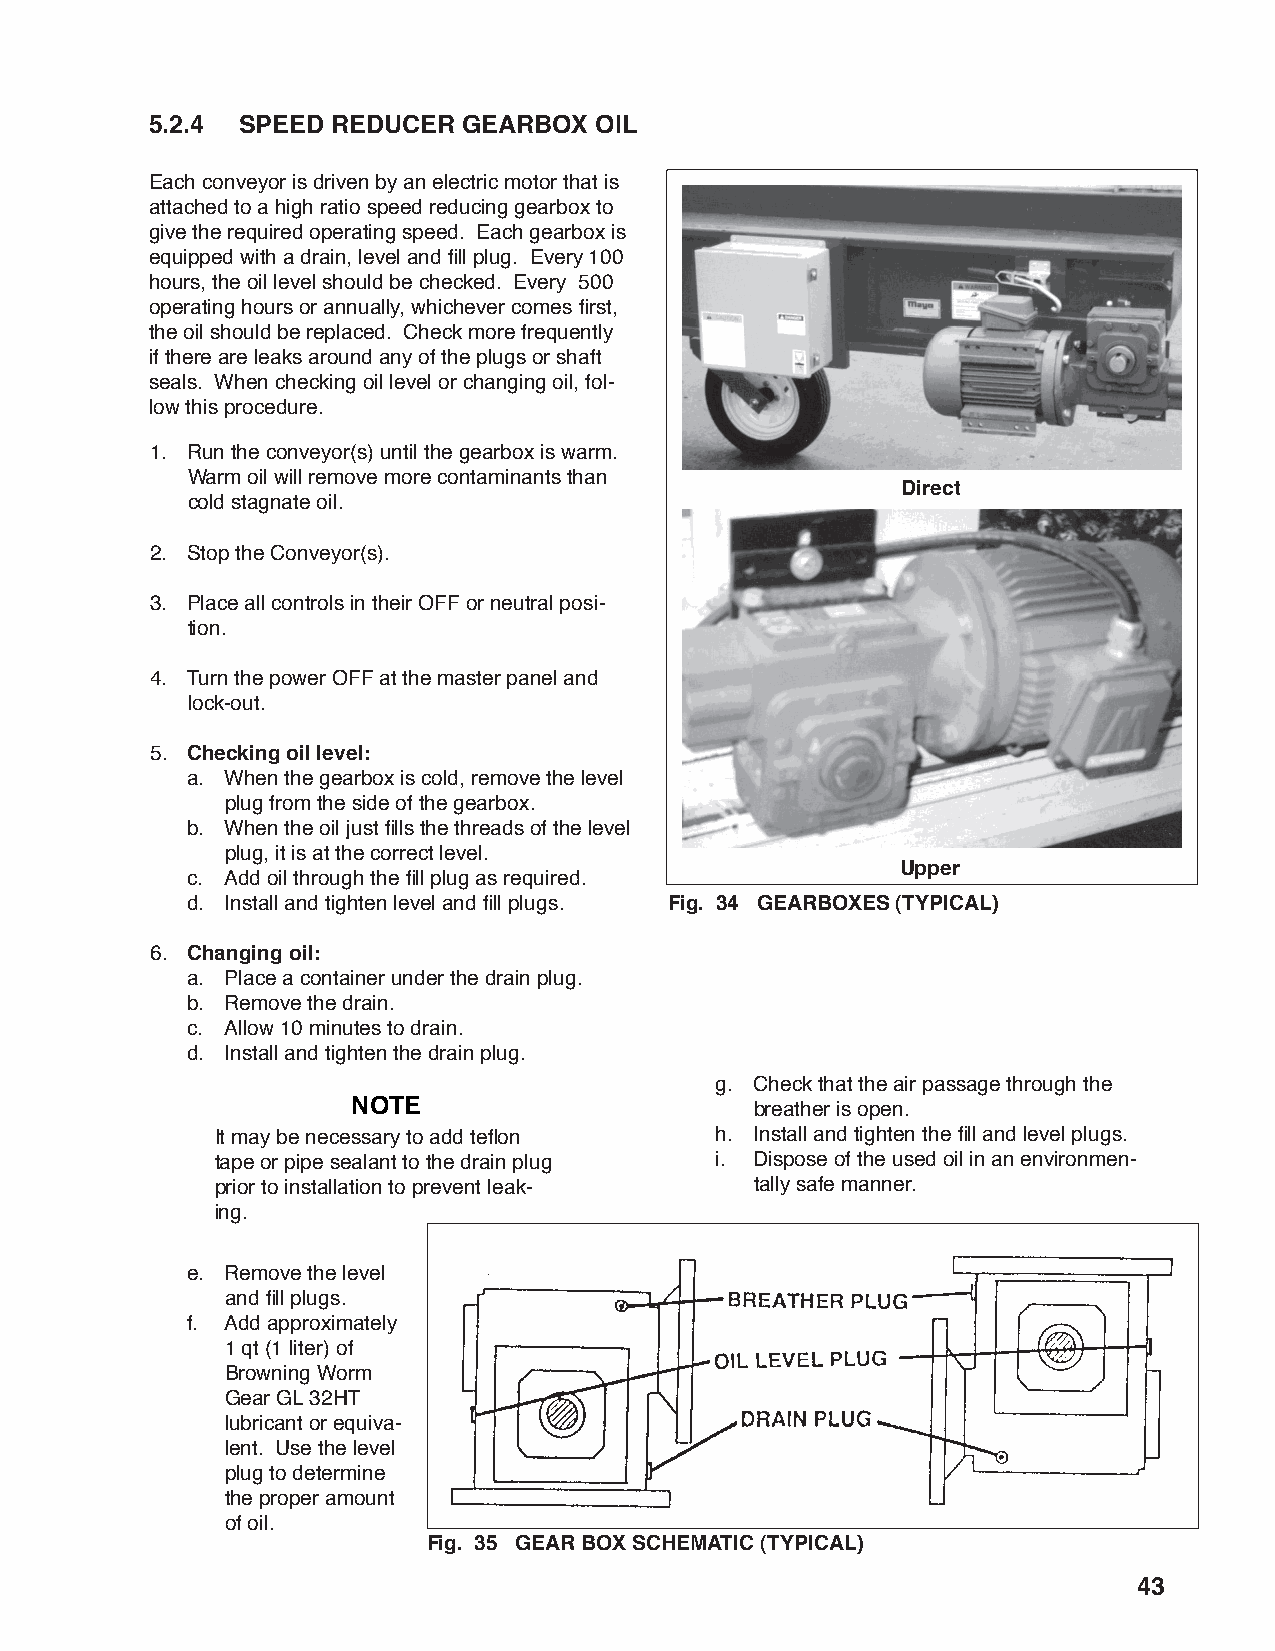
5.2.4 SPEED REDUCER  GEARBOX OIL
 Each conveyor is driven by an electric motor that is
 attached to a high ratio speed reducing gearbox to
 give the required operating speed. Each gearbox is
 equipped with a drain, level and fi ll plug. Every 100
 hours, the oil level should be checked. Every 500
 operating hours or annually, whichever comes fi rst,
 the oil should be replaced. Check more frequently
 if there are leaks around any of the plugs or shaft
 seals. When checking oil level or changing oil, fol-
 low this procedure.
 1. Run the conveyor(s) until the gearbox is warm.
 Warm oil will remove more contaminants than
 Direct
 cold stagnate oil.
 2. Stop the Conveyor(s).
 3. Place all controls in their OFF or neutral posi-
 tion.
 4. Turn the power OFF at the master panel and
 lock-out.
 5. Checking oil level:
 a. When the gearbox is cold, remove the level
 plug from the side of the gearbox.
 b. When the oil just fi lls the threads of the level
 plug, it is at the correct level.
 Upper
 c. Add oil through the fi ll plug as required.
 d. Install and tighten level and fi ll plugs. Fig. 34 GEARBOXES (TYPICAL)
 6. Changing oil:
 a. Place a container under the drain plug.
 b. Remove the drain.
 c. Allow 10 minutes to drain.
 d. Install and tighten the drain plug.
 g. Check that the air passage through the
 NOTE                       breather is open.
 It may be necessary to add tefl on h. Install and tighten the fi ll and level plugs.
 tape or pipe sealant to the drain plug i. Dispose of the used oil in an environmen-
 prior to installation to prevent leak- tally safe manner.
 ing.
 e. Remove the level
 and fi ll plugs.
 f. Add approximately
 1 qt (1 liter) of
 Browning Worm
 Gear GL 32HT
 lubricant or equiva-
 lent. Use the level
 plug to determine
 the proper amount
 of oil.
 Fig. 35 GEAR BOX SCHEMATIC (TYPICAL)
 43